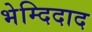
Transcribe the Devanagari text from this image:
भेम्दिदाद